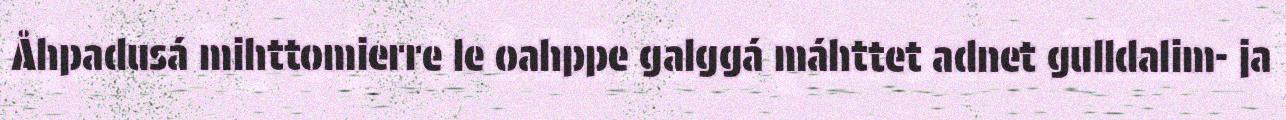
Åhpadusá mihttomierre le oahppe galggá máhttet adnet gulldalim- ja